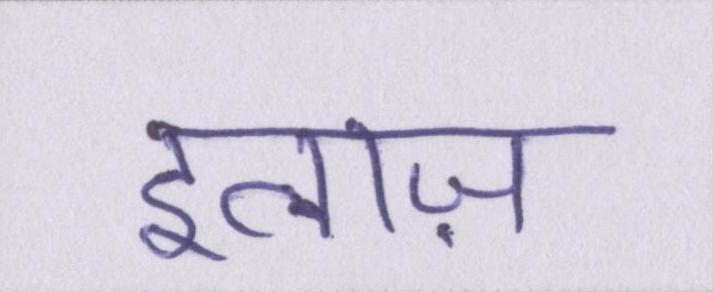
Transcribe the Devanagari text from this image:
इलाज़